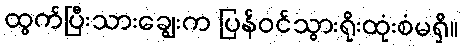
ထွက်ပြီးသားချွေးက ပြန်ဝင်သွားရိုးထုံးစံမရှိ။